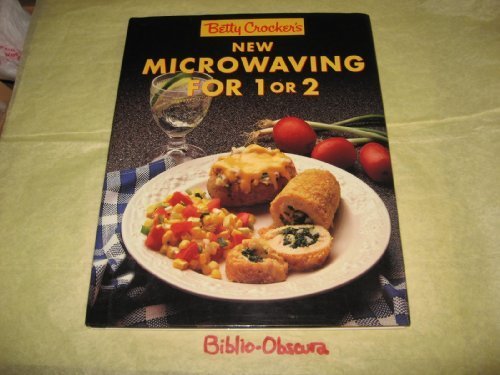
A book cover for Betty Crockers New Microwaving for One or Two; Betty Crocker; Cookbooks, Food & Wine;